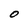
Character: O